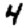
Digit: 4